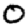
Digit: 0